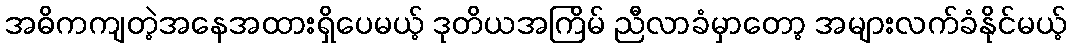
အဓိကကျတဲ့အနေအထားရှိပေမယ့် ဒုတိယအကြိမ် ညီလာခံမှာတော့ အများလက်ခံနိုင်မယ့်